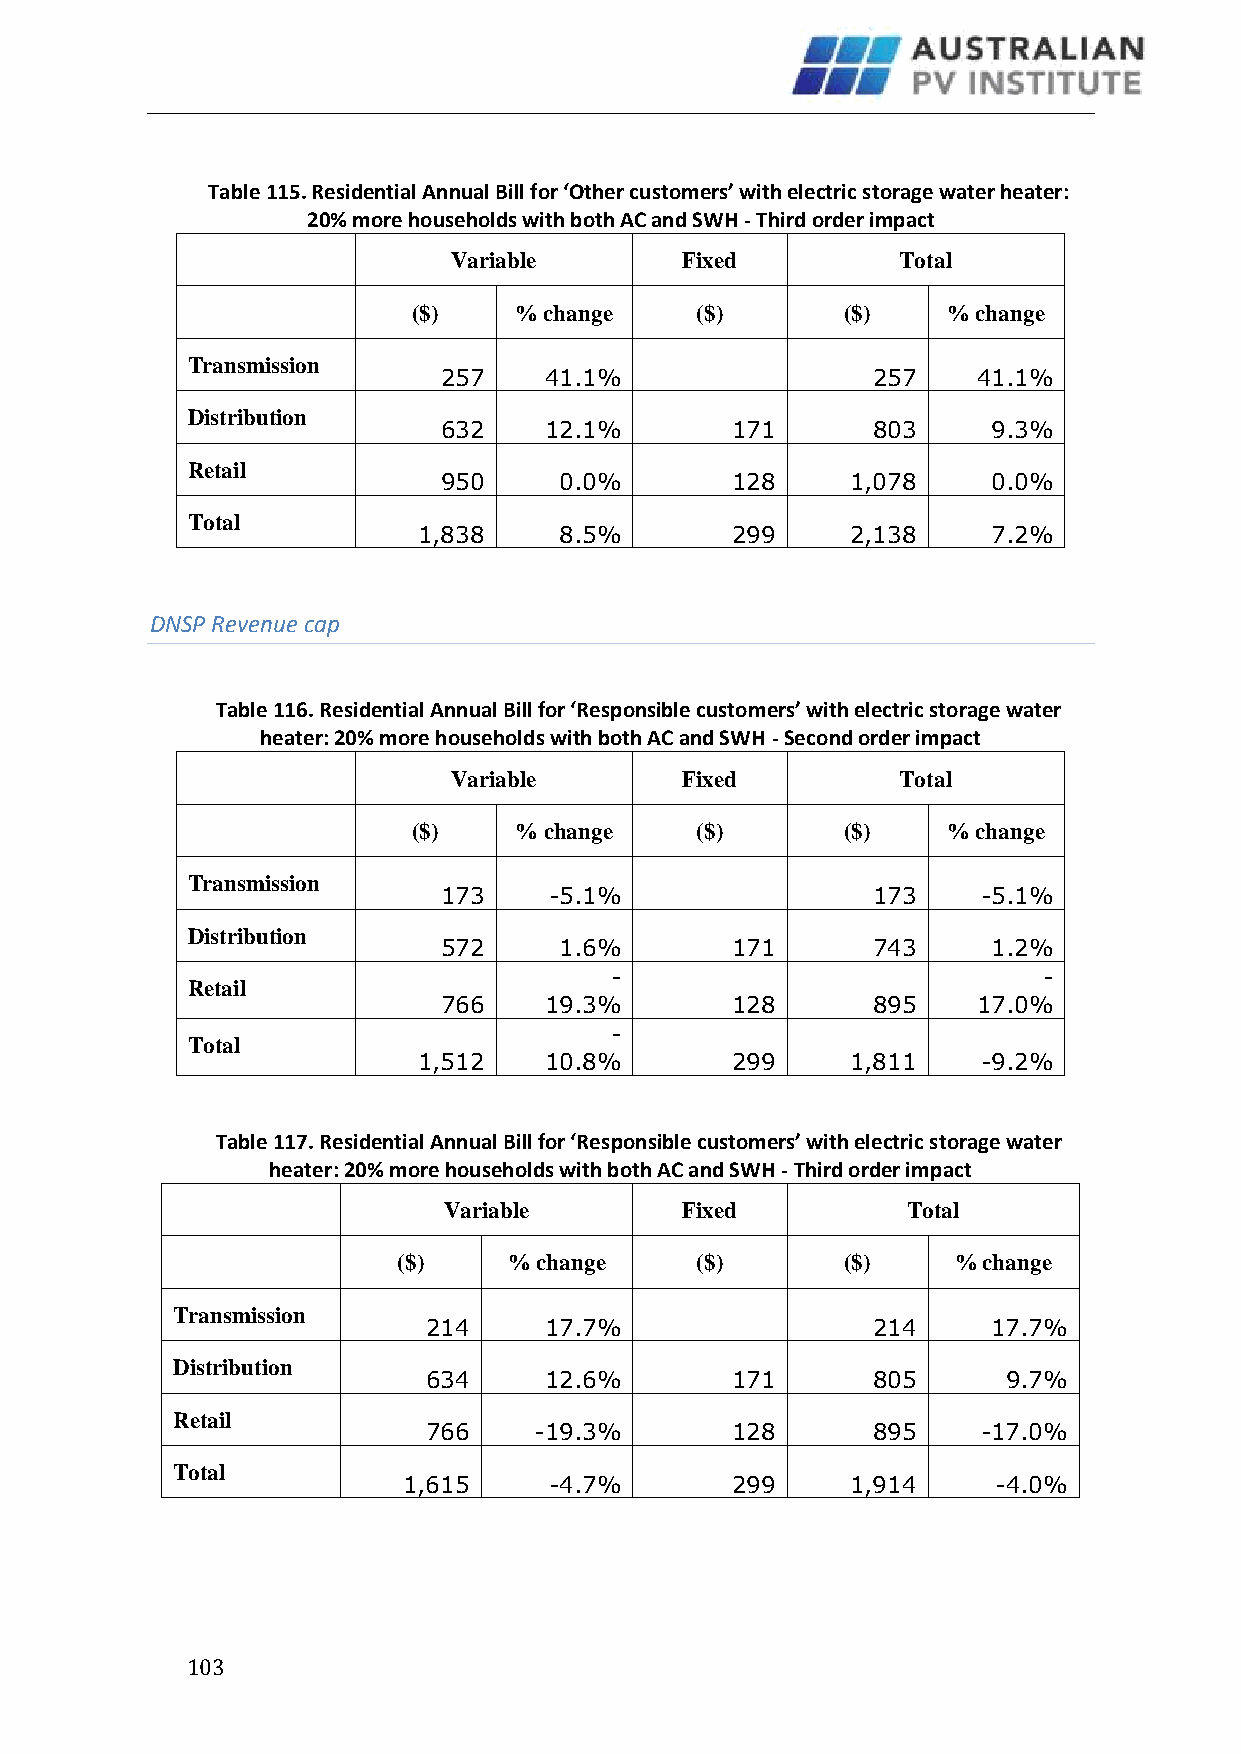
Table 115. Residential Annual Bill for ‘Other customers’ with electric storage water heater:
 20% more households with both AC and SWH - Third order impact
 Variable       Fixed          Total
 ($)    % change    ($)       ($)    % change
 Transmission
 257    41.1%                 257    41.1%
 Distribution
 632    12.1%       171       803     9.3%
 Retail
 950     0.0%       128     1,078     0.0%
 Total
 1,838    8.5%       299     2,138     7.2%
 DNSP Revenue cap
 Table 116. Residential Annual Bill for ‘Responsible customers’ with electric storage water
 heater: 20% more households with both AC and SWH - Second order impact
 Variable       Fixed          Total
 ($)    % change    ($)       ($)    % change
 Transmission
 173    -5.1%                 173    -5.1%
 Distribution
 572     1.6%       171       743     1.2%
 -                            -
 Retail
 766    19.3%       128       895    17.0%
 -
 Total
 1,512   10.8%       299     1,811    -9.2%
 Table 117. Residential Annual Bill for ‘Responsible customers’ with electric storage water
 heater: 20% more households with both AC and SWH - Third order impact
 Variable        Fixed          Total
 ($)     % change    ($)       ($)    % change
 Transmission
 214     17.7%                 214     17.7%
 Distribution
 634     12.6%       171       805      9.7%
 Retail
 766    -19.3%       128       895    -17.0%
 Total
 1,615    -4.7%       299     1,914     -4.0%
 1 03